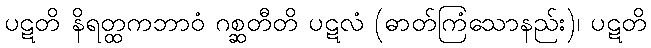
ပဋတိ နိရတ္ထကဘာဝံ ဂစ္ဆတီတိ ပဋလံ (ဓာတ်ကြံသောနည်း)၊ ပဋတိ